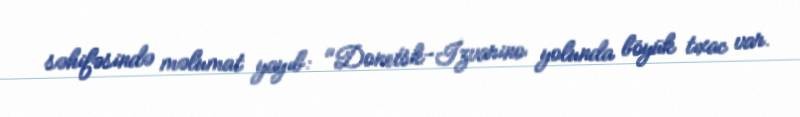
səhifəsində məlumat yayıb: "Donetsk-İzvarino yolunda böyük tıxac var.